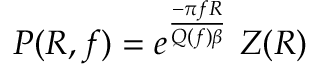
P ( R , f ) = e ^ { \frac { - \pi f R } { Q ( f ) \beta } } ~ Z ( R )